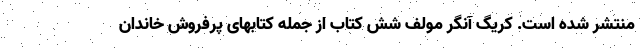
منتشر شده است. کریگ آنگر مولف شش کتاب از جمله کتابهای پرفروش خاندان